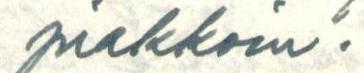
piakkoin.